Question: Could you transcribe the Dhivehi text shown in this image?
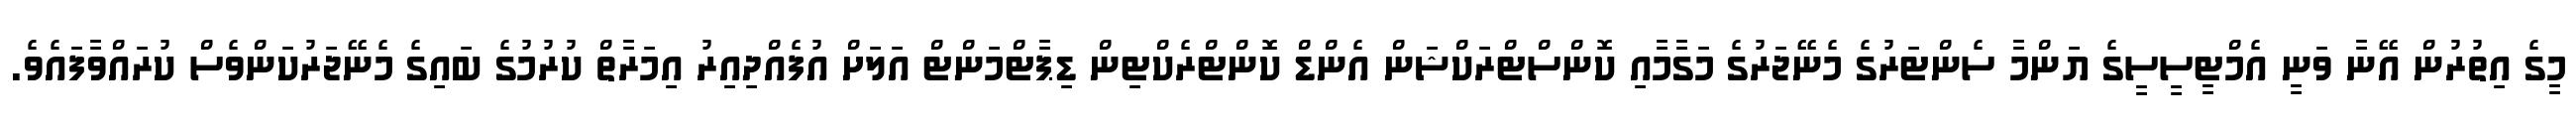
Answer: މީގެ އިތުރުން އޭނާ ވަނީ އެމްޓީސީސީގެ ޔަންމާ ސެންޓަރުގެ މެނޭޖަރުގެ މަގާމާއި ކޮންސްޓްރަކްޝަން އެންޑް ކޮންޓްރެކްޓިން ޑިޕާޓްމަންޓް އަލަށް އުފެއްދިއިރު އިމަރާތް ކުރުމުގެ ބައިގެ މެނޭޖަރުކަންވެސް ކުރައްވާފައެވެ.